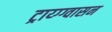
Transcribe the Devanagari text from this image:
ट्राय्ग्ग्वासन